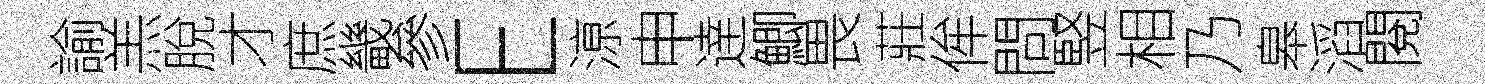
諭羔脫才庶畿參E鿌申逹鯽畏莊侔問竪相乃皋滔閱